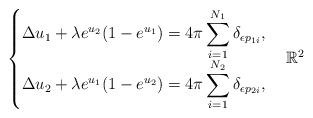
LaTeX: \begin{align*}\begin{cases}\Delta u_1+\lambda e^{u_2}(1-e^{u_1})=\displaystyle 4\pi\sum_{i=1}^{N_1}\delta_{\epsilon p_{1i}},\\\Delta u_2+\lambda e^{u_1}(1-e^{u_2})=\displaystyle 4\pi\sum_{i=1}^{N_2}\delta_{\epsilon p_{2i}},\end{cases} \mathbb R^2\end{align*}